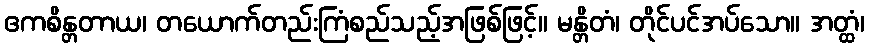
ဧကစိန္တတာယ၊ တယောက်တည်းကြံစည်သည့်အဖြစ်ဖြင့်။ မန္တိတံ၊ တိုင်ပင်အပ်သော။ အတ္ထံ၊